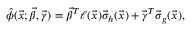
\hat { \phi } ( \vec { x } ; \vec { \beta } , \vec { \gamma } ) = \vec { \beta } ^ { T } \ell ( \vec { x } ) \vec { \sigma } _ { h } ( \vec { x } ) + \vec { \gamma } ^ { T } \vec { \sigma } _ { g } ( \vec { x } ) ,